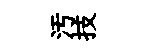
汚技